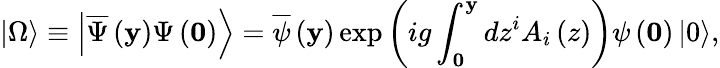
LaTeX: \left|\Omega\right\rangle\equiv\left|\overline{{\Psi}}\left({\mathbf y}\right)\Psi\left({\mathbf 0}\right)\right\rangle=\overline{{\psi}}\left({\mathbf y}\right)\exp\left({ig\int_{\mathbf 0}^{\mathbf y}{dz^{i}A_{i}\left(z\right)}}\right)\psi\left({\mathbf 0}\right)\left|0\right\rangle,